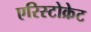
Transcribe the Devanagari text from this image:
एरिस्टोक्रेट